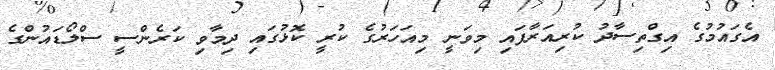
އެގައުމުގެ އިގްތިސާދު ކުރިއަރާފައި މިވަނީ މިއަހަރުގެ ކުރީ ކޮޅުގައި ދިމާވި ކަރެންސީ ސްލޯޑައުންގެ